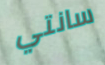
سانتي